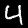
Digit: 4